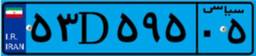
۵۳D۵۹۵۰۵